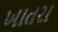
ખાતરા